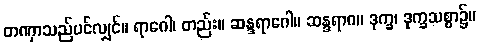
တဏှာသည်ပင်လျှင်။ ရာဂေါ၊ တည်း။ ဆန္ဒရာဂေါ။ ဆန္ဒရာဂ။ ဒုက္ခ၊ ဒုက္ခသစ္စာ၌။